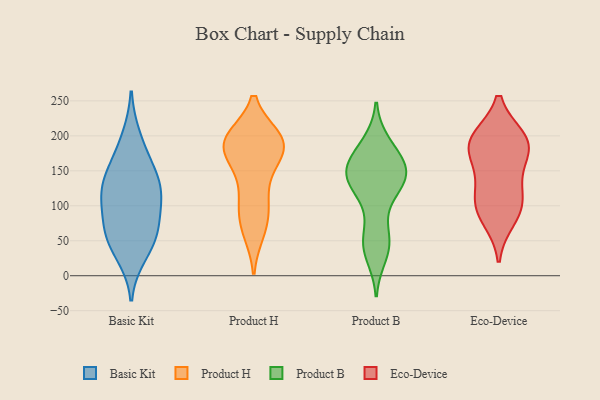
{"axis": {"x": "Production Output", "y": "Value"}, "legend": ["Basic Kit", "Eco-Device", "Product B", "Product H"], "data": [{"x": "", "y": 123, "type": "Basic Kit"}, {"x": "", "y": 78, "type": "Basic Kit"}, {"x": "", "y": 47, "type": "Basic Kit"}, {"x": "", "y": 154, "type": "Basic Kit"}, {"x": "", "y": 30, "type": "Basic Kit"}, {"x": "", "y": 161, "type": "Basic Kit"}, {"x": "", "y": 120, "type": "Basic Kit"}, {"x": "", "y": 119, "type": "Basic Kit"}, {"x": "", "y": 63, "type": "Basic Kit"}, {"x": "", "y": 63, "type": "Basic Kit"}, {"x": "", "y": 198, "type": "Basic Kit"}, {"x": "", "y": 113, "type": "Basic Kit"}, {"x": "", "y": 196, "type": "Product H"}, {"x": "", "y": 164, "type": "Product H"}, {"x": "", "y": 196, "type": "Product H"}, {"x": "", "y": 87, "type": "Product H"}, {"x": "", "y": 91, "type": "Product H"}, {"x": "", "y": 152, "type": "Product H"}, {"x": "", "y": 196, "type": "Product H"}, {"x": "", "y": 181, "type": "Product H"}, {"x": "", "y": 63, "type": "Product H"}, {"x": "", "y": 109, "type": "Product H"}, {"x": "", "y": 197, "type": "Product H"}, {"x": "", "y": 190, "type": "Product H"}, {"x": "", "y": 64, "type": "Product H"}, {"x": "", "y": 175, "type": "Product H"}, {"x": "", "y": 122, "type": "Product H"}, {"x": "", "y": 195, "type": "Product H"}, {"x": "", "y": 184, "type": "Product H"}, {"x": "", "y": 94, "type": "Product B"}, {"x": "", "y": 179, "type": "Product B"}, {"x": "", "y": 46, "type": "Product B"}, {"x": "", "y": 46, "type": "Product B"}, {"x": "", "y": 161, "type": "Product B"}, {"x": "", "y": 135, "type": "Product B"}, {"x": "", "y": 143, "type": "Product B"}, {"x": "", "y": 134, "type": "Product B"}, {"x": "", "y": 184, "type": "Product B"}, {"x": "", "y": 145, "type": "Product B"}, {"x": "", "y": 48, "type": "Product B"}, {"x": "", "y": 47, "type": "Product B"}, {"x": "", "y": 128, "type": "Product B"}, {"x": "", "y": 129, "type": "Product B"}, {"x": "", "y": 155, "type": "Product B"}, {"x": "", "y": 30, "type": "Product B"}, {"x": "", "y": 149, "type": "Product B"}, {"x": "", "y": 157, "type": "Product B"}, {"x": "", "y": 143, "type": "Product B"}, {"x": "", "y": 188, "type": "Product B"}, {"x": "", "y": 173, "type": "Eco-Device"}, {"x": "", "y": 196, "type": "Eco-Device"}, {"x": "", "y": 145, "type": "Eco-Device"}, {"x": "", "y": 117, "type": "Eco-Device"}, {"x": "", "y": 187, "type": "Eco-Device"}, {"x": "", "y": 190, "type": "Eco-Device"}, {"x": "", "y": 196, "type": "Eco-Device"}, {"x": "", "y": 100, "type": "Eco-Device"}, {"x": "", "y": 99, "type": "Eco-Device"}, {"x": "", "y": 81, "type": "Eco-Device"}]}